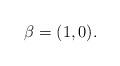
LaTeX: \begin{align*}\beta = (1,0).\end{align*}